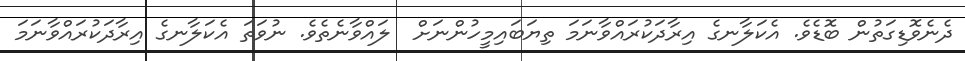
ދެނެވޮޑިގަތުން ބޮޑެވެ. އެކަލާނގެ އިރާދަކުރައްވާނަމަ ތިޔަބައިމީހުންނަށް  ލައްވާނެތެވެ. ނުވަތަ އެކަލާނގެ އިރާދަކުރައްވާނަމަ